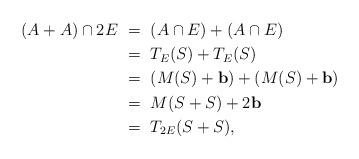
LaTeX: \begin{align*}(A+A)\cap 2E\ &=\ (A\cap E) + (A\cap E) \\ &=\ T_E(S) + T_E(S) \\ &=\ (M(S)+\mathbf{b})+(M(S)+\mathbf{b}) \\ &=\ M(S+S) + 2\mathbf{b} \\ &=\ T_{2E}(S+S),\end{align*}